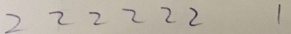
2 2 2 2 2 2 1